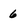
Character: 6